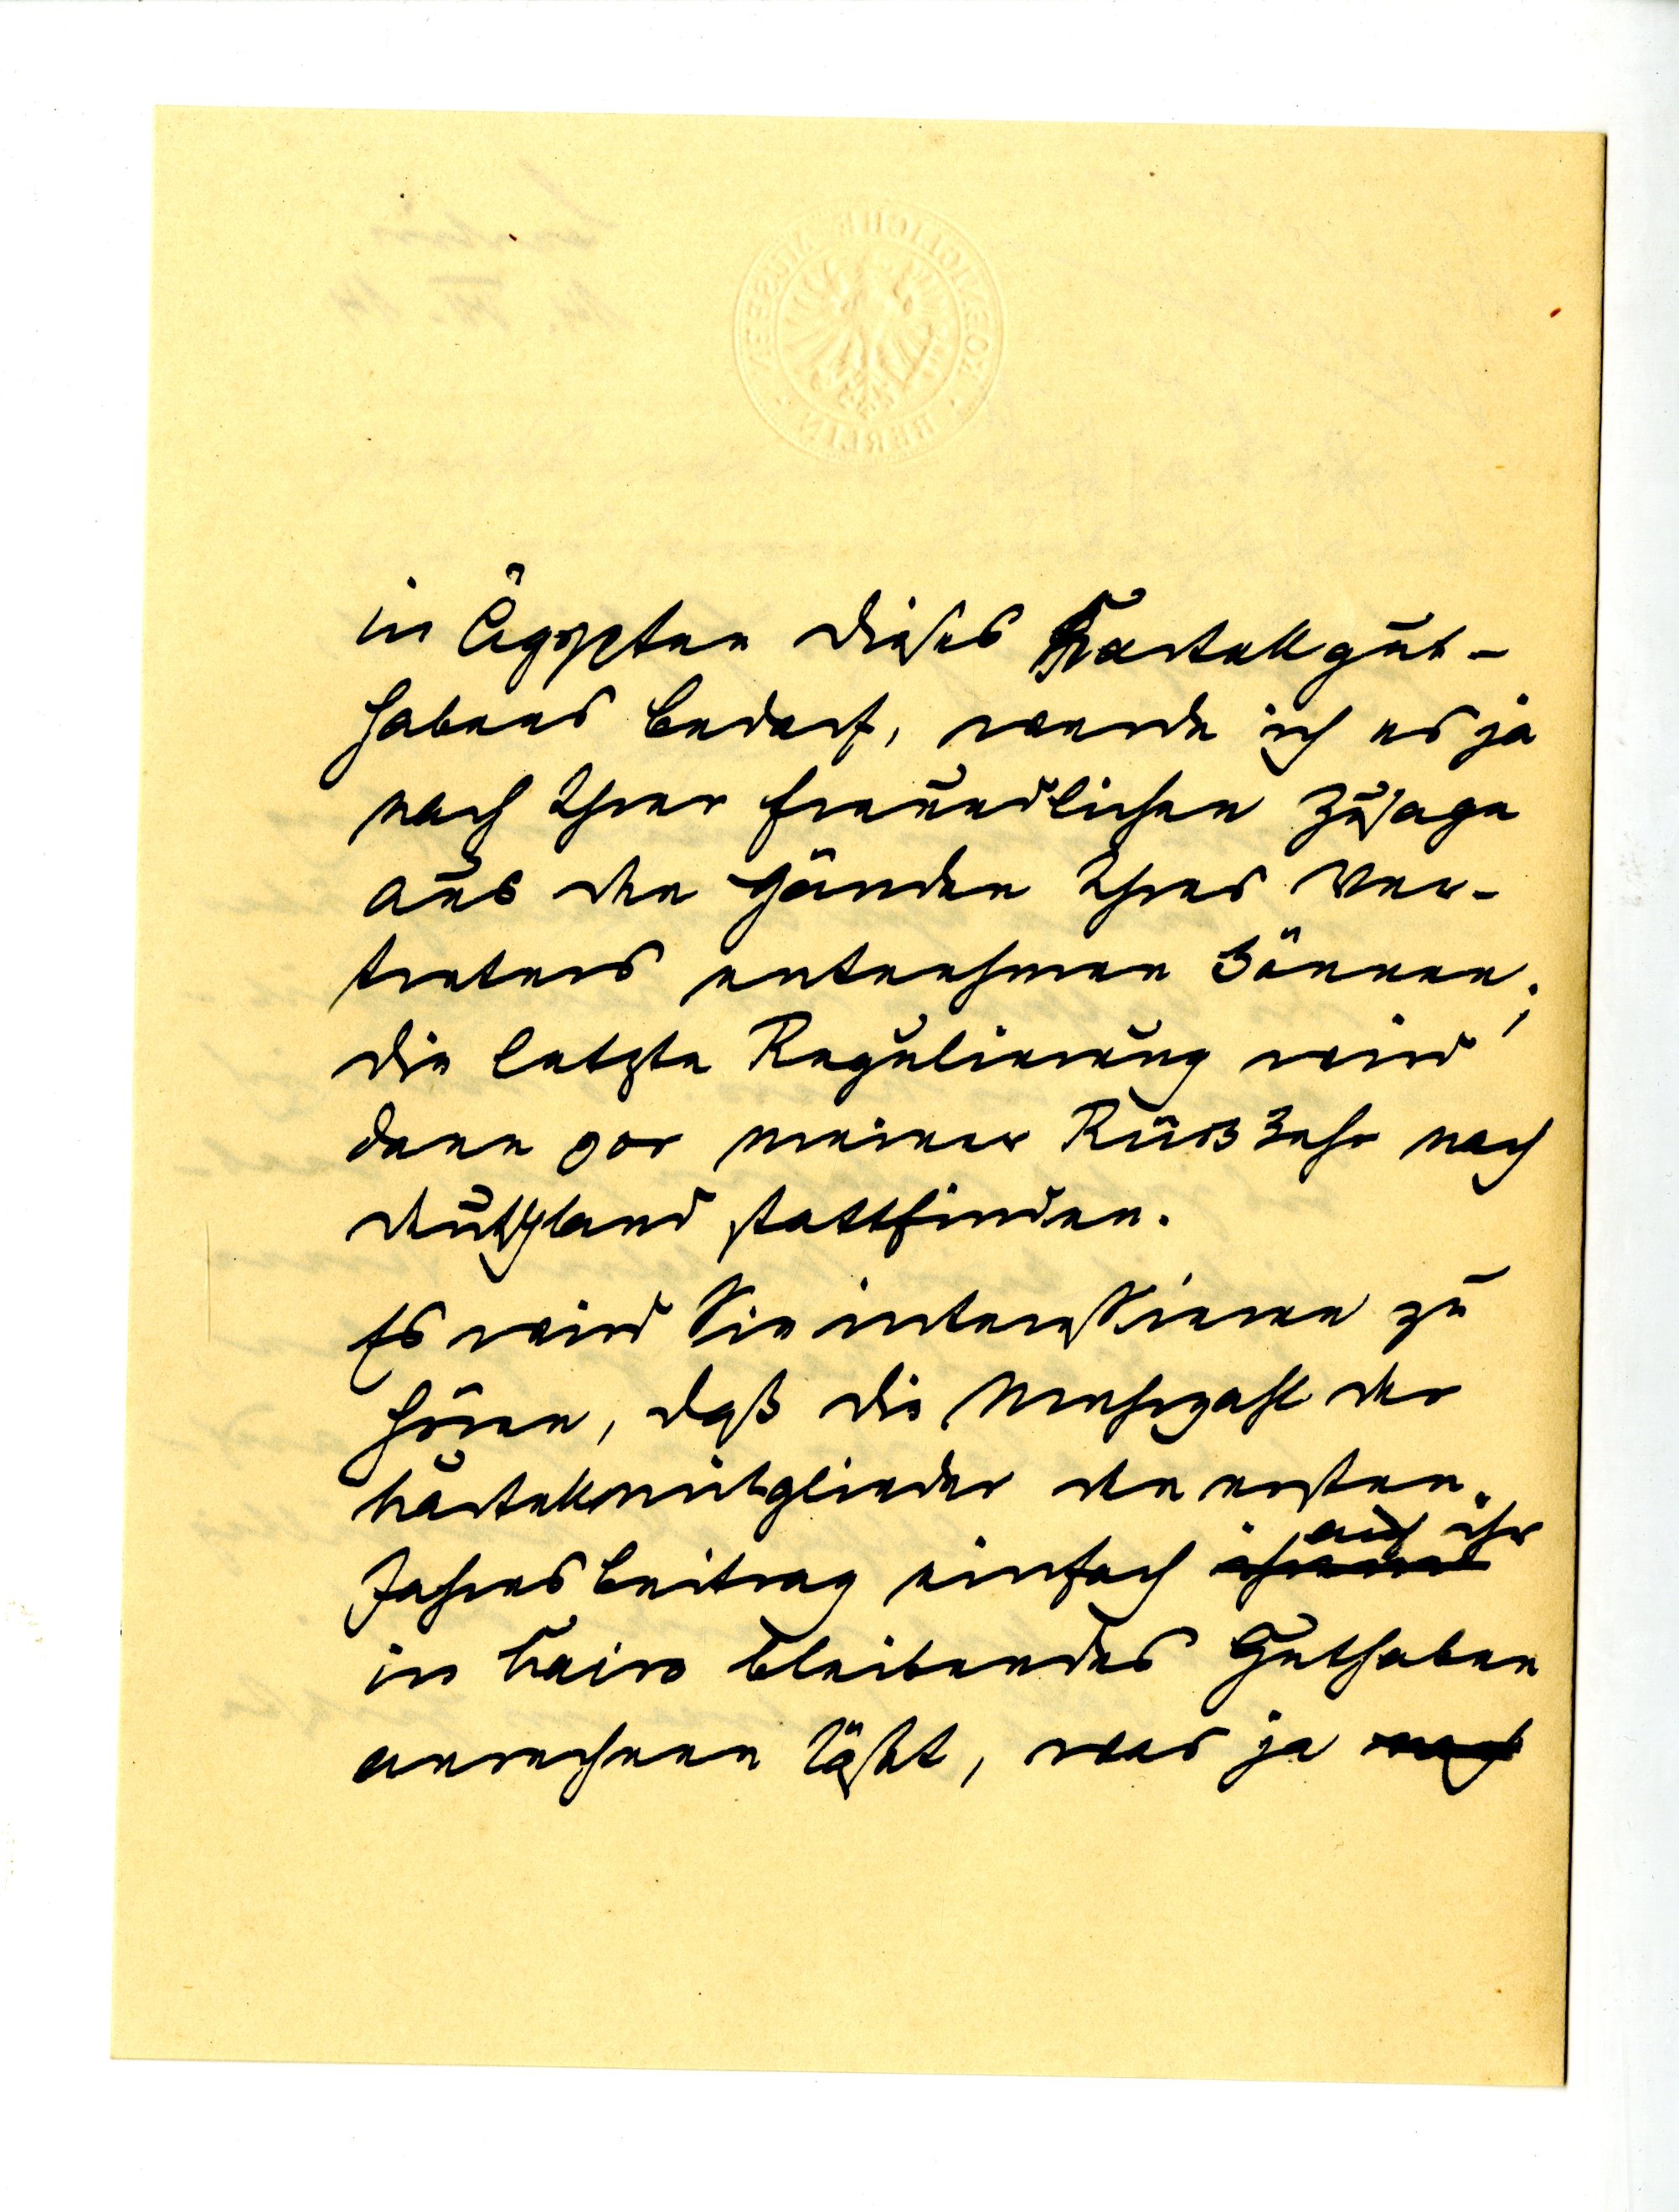
in Ägypten dieses Kartellgut¬
habens bedarf, werde ich es ja
nach Ihrer freundlichen Zusage
aus den Händen Ihres Ver¬
treters entnehmnen können;
die letzte Regulierung wird
dann vor meiner Rückkehr nach
Deutschalnd stattfinden.
Es wird Sie interessieren zu
hören, daß die Mehrzahl der
Kartellmitglieder den ersten
auf ihr
Jahresbeitrag einfach
in Kairo bleibendes Guthaben
anrechnen läßt, was ja